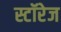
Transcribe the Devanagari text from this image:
स्टॉरेज